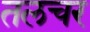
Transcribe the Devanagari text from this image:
तलचर